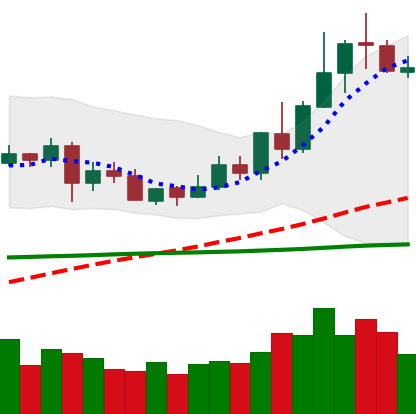
Ticker: XLM-USD
Chart end date: 2020-06-06
Forward return: -10.513%
Label: down_7plus